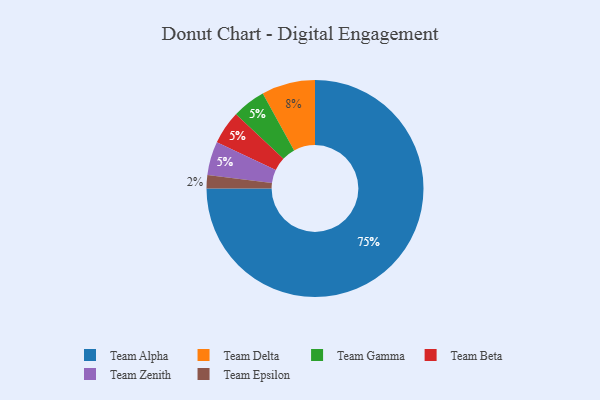
{"axis": {"x": "Category", "y": "Percentage"}, "legend": ["Team Alpha", "Team Beta", "Team Delta", "Team Epsilon", "Team Gamma", "Team Zenith"], "data": [{"x": "Team Gamma", "y": 5, "type": "Team Gamma"}, {"x": "Team Epsilon", "y": 2, "type": "Team Epsilon"}, {"x": "Team Beta", "y": 5, "type": "Team Beta"}, {"x": "Team Delta", "y": 8, "type": "Team Delta"}, {"x": "Team Alpha", "y": 75, "type": "Team Alpha"}, {"x": "Team Zenith", "y": 5, "type": "Team Zenith"}]}